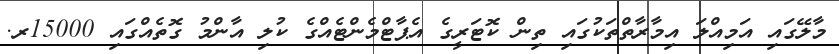
މާލޭގައި އަމިއްލަ އިމާރާތްތަކުގައި ތިން ކޮޓަރީގެ އެޕާޓްމެންޓެއްގެ ކުލި އާންމު ގޮތެއްގައި 15000ރ.